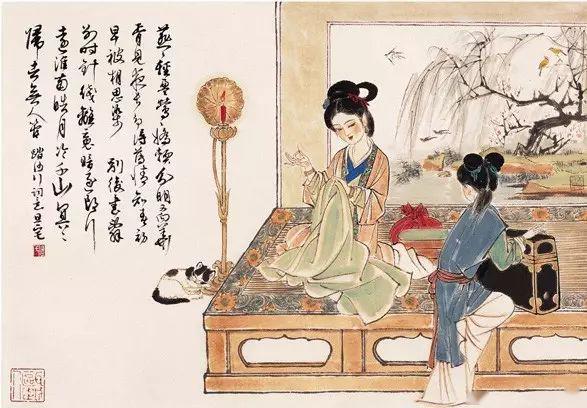
思尔为雏日，高飞背母时。